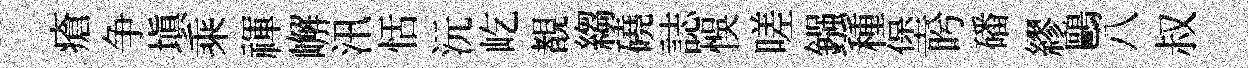
瘡争填乘禈嶰汛恬沅屹覩縐磽誌悞嗟鏹種堡盻磻繆鷗八叔